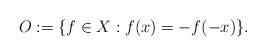
\begin{align*}O := \{ f \in X: f(x) = -f(-x)\}.\end{align*}